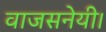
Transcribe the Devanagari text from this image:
वाजसनेयी।